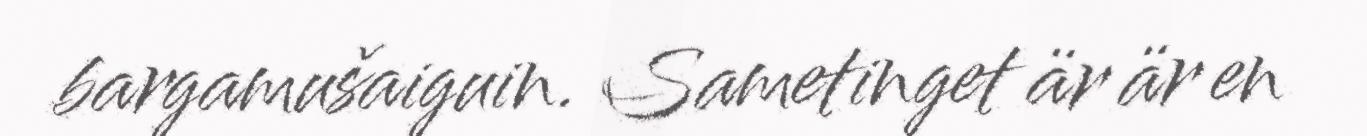
bargamušaiguin. Sametinget är är en